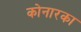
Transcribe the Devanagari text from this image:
कोनारका